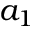
a _ { 1 }